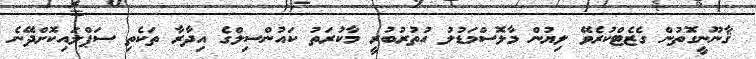
ޤާނޫނީގޮތުން ގެޒެޓްކުރެވޭ ލިޔުން މާޅޮސްމަޑުލު އުތުރުބުރީ މާކުރަތު ކައުންސިލްގެ އިދާރާ ތަކެތި ސަޕްލައިކޮށްދޭނެ